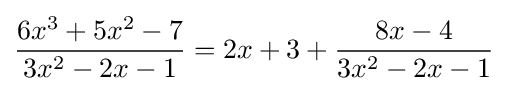
{\frac {6x^{3}+5x^{2}-7}{3x^{2}-2x-1}}=2x+3+{\frac {8x-4}{3x^{2}-2x-1}}